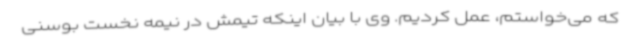
که می‌خواستم، عمل کردیم. وی با بیان اینکه تیمش در نیمه نخست بوسنی